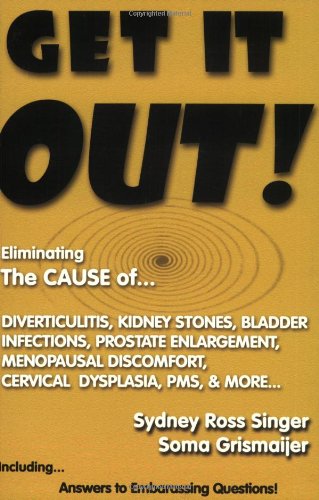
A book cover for Get It Out! Eliminating the Cause of Diverticulitis, Kidney Stones, Bladder Infections, Prostate Enlargement, Menopausal Discomfort, Cervical Dysplasia, PMS, and More; Sydney Ross Singer; Health, Fitness & Dieting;